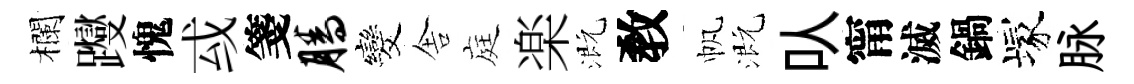
欄躞愧㦯箋腾发舎庭楽溉敎帆溉㕥甯滅鍋塚脉